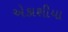
એકાશીયા